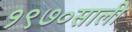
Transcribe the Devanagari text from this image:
१९७०साली